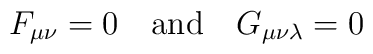
F_{\mu \nu}=0 \quad \mbox{and} \quad G_{\mu \nu \lambda}=0